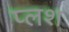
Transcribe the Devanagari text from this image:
प्लश